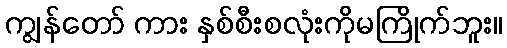
ကျွန်တော် ကား နှစ်စီးစလုံးကိုမကြိုက်ဘူး။